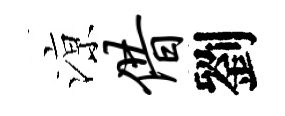
鿌借劉